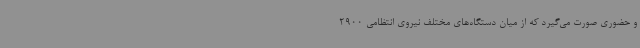
و حضوری صورت می‌گیرد که از میان دستگاه‌های مختلف نیروی انتظامی 2900